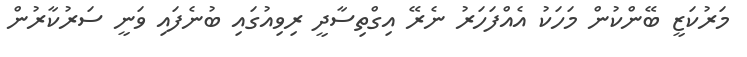
މަރުކަޒީ ބޭންކުން މަހަކު އެއްފަހަރު ނެރޭ އިގްތިސާދީ ރިވިއުގައި ބުނެފައި ވަނީ ސަރުކާރުން